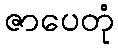
ဇာပေတုံ